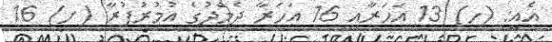
އެއީ: (ހ) 13 އަހަރާއި 16 އަހަރާ ދެމެދުގެ އުމުރުފުރާ (ށ) 16